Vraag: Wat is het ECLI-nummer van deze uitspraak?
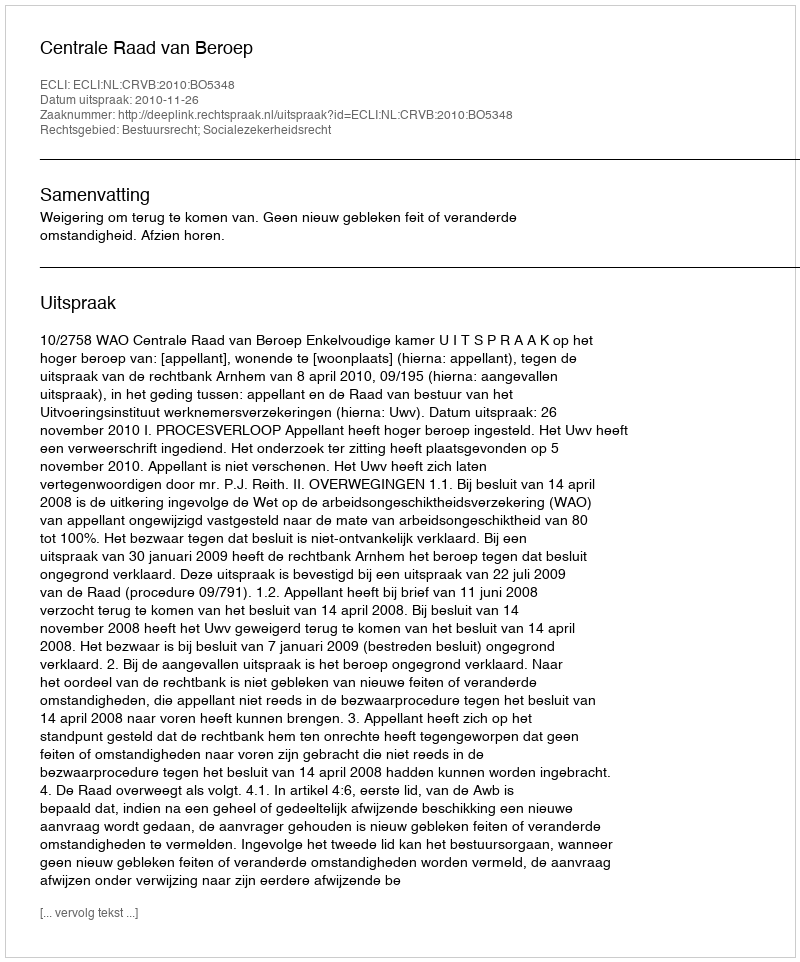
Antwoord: ECLI:NL:CRVB:2010:BO5348